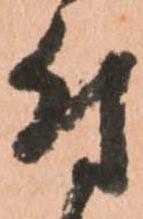
付